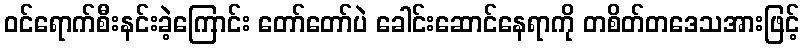
ဝင်ရောက်စီးနင်းခဲ့ကြောင်း တော်တော်ပဲ ခေါင်းဆောင်နေရာကို တစိတ်တဒေသအားဖြင့်